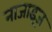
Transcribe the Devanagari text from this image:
नाजाइज़